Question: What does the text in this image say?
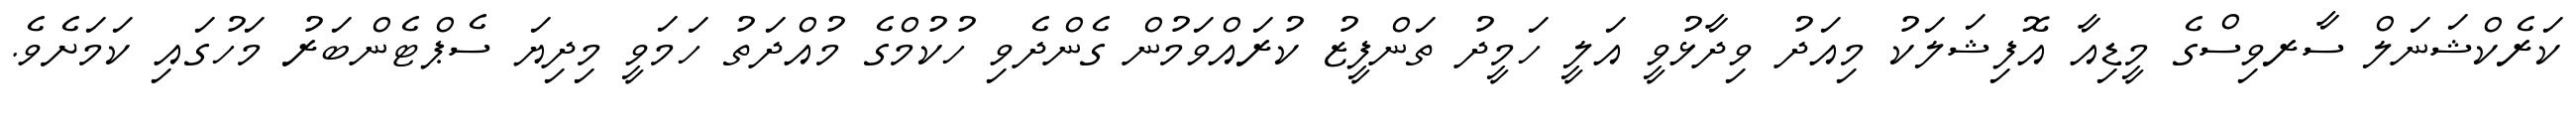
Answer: ކަރެކްޝަނަލް ސާރވިސްގެ މީޑިއާ އޮފިޝަލަކު މިއަދު ވިދާޅުވީ އަލީ ހަމީދު ތަންފީޒު ކުރައްވަމުން ގެންދެވި ހުކުމްގެ މުއްދަތު ހަމަވީ މިދިޔަ ސެޕްޓެންބަރު މަހުގައި ކަމަށެވެ.